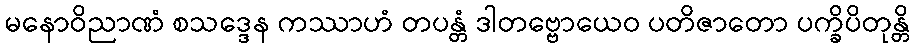
မနောဝိညာဏံ စသဒ္ဒေန ကဿာဟံ တပန္တံ ဒါတဗ္ဗောယေဝ ပတိဇာတော ပက္ခိပိတုန္တိ